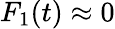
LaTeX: F_{\mathrm{1}}(t)\approx 0